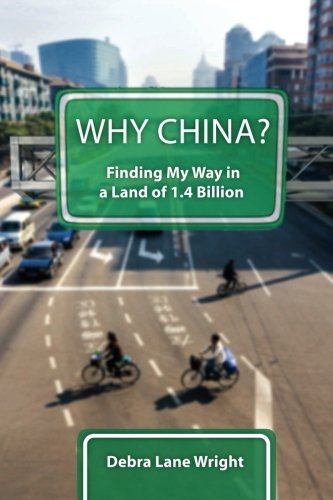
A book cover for Why China?: Finding My Way in a Land of 1.4 Billion; Debra Lane Wright; Travel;